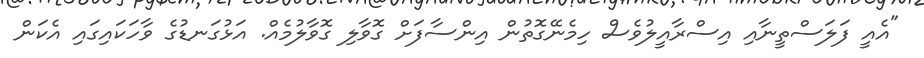
"އެއީ ފަލަސްތީނާއި އިސްރާއީލުވެސް ހިމެނޭގޮތުން އިންސާފަށް ގޮވާލި ގޮވާލުމެއް. އަޅުގަނޑުގެ ވާހަކައިގައި އެކަން